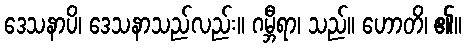
ဒေသနာပိ၊ ဒေသနာသည်လည်း။ ဂမ္ဘီရာ၊ သည်။ ဟောတိ၊ ၏။